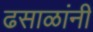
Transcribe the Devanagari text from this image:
ढसाळांनी